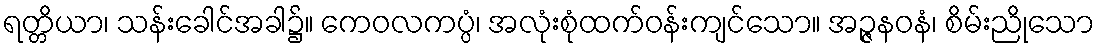
ရတ္တိယာ၊ သန်းခေါင်အခါ၌။ ကေဝလကပ္ပံ၊ အလုံးစုံထက်ဝန်းကျင်သော။ အဉ္ဇနဝနံ၊ စိမ်းညိုသော